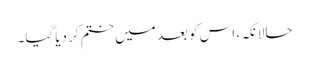
حالانکہ، اس کو بعد میں ختم کر دیا گیا۔